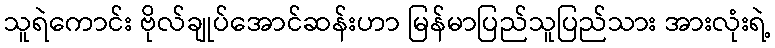
သူရဲကောင်း ဗိုလ်ချုပ်အောင်ဆန်းဟာ မြန်မာပြည်သူပြည်သား အားလုံးရဲ့